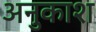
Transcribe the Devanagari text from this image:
अनुकाश